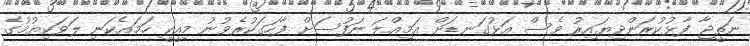
ނަތީޖާ ފާޅުކުރަންދިޔައިރު ވެސް އަޅުގަނޑަށް އަމިއްލަ ނަފުސަށް ފާހަގަކުރެވުނު މިއީކީ ހަމައެކަނި ލަވަކިޔުމުގެ